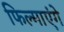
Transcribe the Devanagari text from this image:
फिल्माएंगे